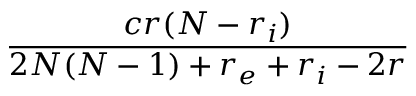
\frac { c r ( N - r _ { i } ) } { 2 N ( N - 1 ) + r _ { e } + r _ { i } - 2 r }